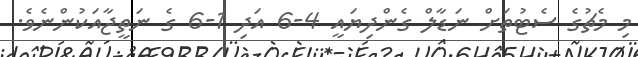
މި މެޗުގެ ސެޓުތަށް ނަޑާލް ގެންދިޔައީ 4-6 އަދި 1-6 ގެ ނަތީޖާއަކުންނެވެ.